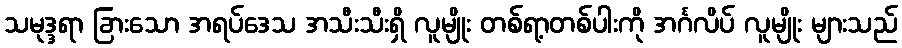
သမုဒ္ဒရာ ခြားသော အရပ်ဒေသ အသီးသီးရှိ လူမျိုး တစ်ရာ့တစ်ပါးကို အင်္ဂလိပ် လူမျိုး များသည်